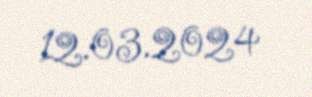
12.03.2024